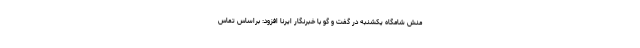
منش شامگاه یکشنبه در گفت و گو با خبرنگار ایرنا افزود: براساس تماس